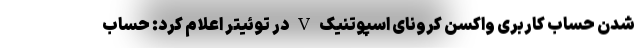
شدن حساب کاربری واکسن کرونای اسپوتنیک V در توئیتر اعلام کرد: حساب